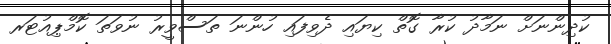
ކުދިންނަށް ނަމާދު ކުރާ ގޮތް ކިޔައި ދެވިފައި ހުންނަ ތަސްވީރު ނުވަތަ ކޮމްޕިއުޓަރ